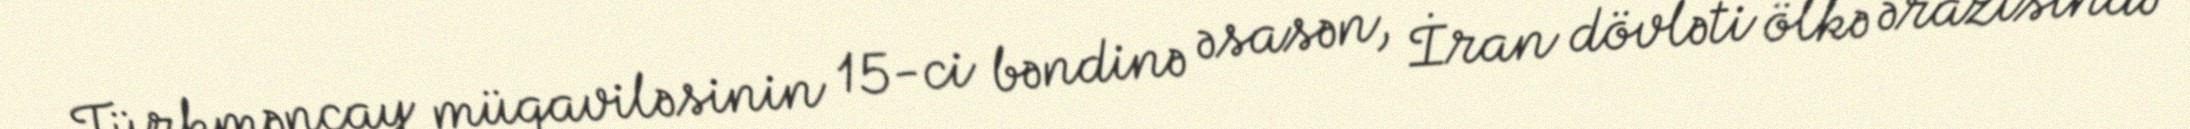
Türkmənçay müqaviləsinin 15-ci bəndinə əsasən, İran dövləti ölkə ərazisində